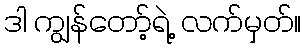
ဒါ ကျွန်တော့်ရဲ့ လက်မှတ်။